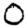
Digit: 0